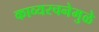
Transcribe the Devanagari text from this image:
काव्यरचनेमुळे